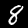
Label: 8